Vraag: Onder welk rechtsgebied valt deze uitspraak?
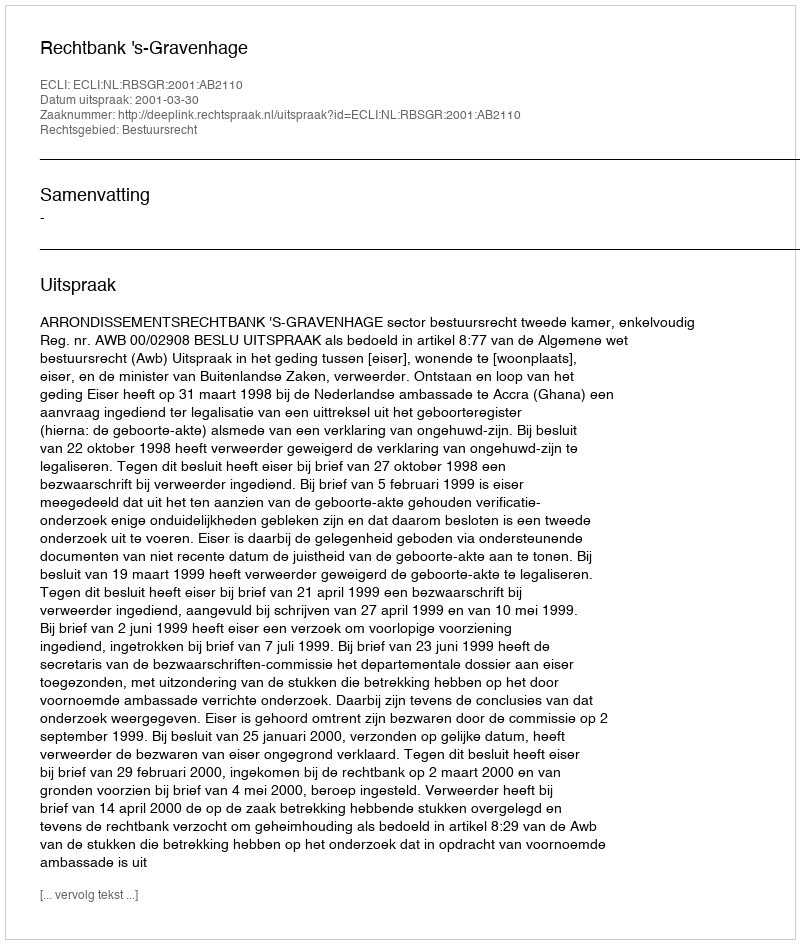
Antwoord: Bestuursrecht